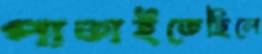
পাতাইতেছিলে